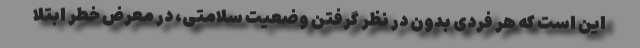
این است که هر فردی بدون در نظر گرفتن وضعیت سلامتی، در معرض خطر ابتلا